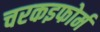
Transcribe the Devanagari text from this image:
चरकइफोर्म